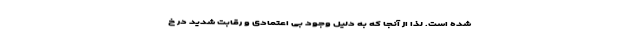
شده است. لذا از آنجا که به دلیل وجود بی اعتمادی و رقابت شدید در خ